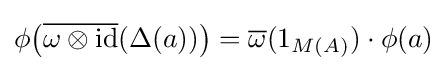
\phi \!\left({\overline {\omega \otimes {\text{id}}}}(\Delta (a))\right)={\overline {\omega }}(1_{M(A)})\cdot \phi (a)